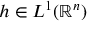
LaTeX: h \in L ^ { 1 } ( \mathbb { R } ^ { n } )